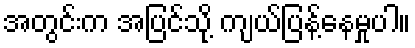
အတွင်းက အပြင်သို့ ကျယ်ပြန့်နေမှုပါ။